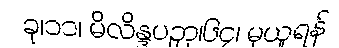
ခု၊၁၁၊ မိလိန္ဒပဉှာ၊၆၄၊ မှယူရန်